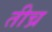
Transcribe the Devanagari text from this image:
तीच्र